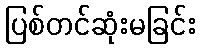
ပြစ်တင်ဆုံးမခြင်း